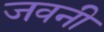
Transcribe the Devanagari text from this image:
जवनी